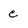
Character: c